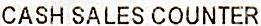
CASH SALES COUNTER